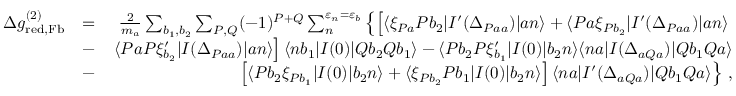
\begin{array} { r l r } { \Delta g _ { \mathrm { r e d , F b } } ^ { ( 2 ) } } & { = } & { \frac { 2 } { m _ { a } } \sum _ { b _ { 1 } , b _ { 2 } } \sum _ { P , Q } ( - 1 ) ^ { P + Q } \sum _ { n } ^ { \varepsilon _ { n } = \varepsilon _ { b } } \left\{ \left[ \langle \xi _ { P a } P b _ { 2 } | I ^ { \prime } ( \Delta _ { P a a } ) | a n \rangle + \langle P a \xi _ { P b _ { 2 } } | I ^ { \prime } ( \Delta _ { P a a } ) | a n \rangle \right. \right. } \\ & { - } & { \left. \langle P a P \xi _ { b _ { 2 } } ^ { \prime } | I ( \Delta _ { P a a } ) | a n \rangle \right] \langle n b _ { 1 } | I ( 0 ) | Q b _ { 2 } Q b _ { 1 } \rangle - \langle P b _ { 2 } P \xi _ { b _ { 1 } } ^ { \prime } | I ( 0 ) | b _ { 2 } n \rangle \langle n a | I ( \Delta _ { a Q a } ) | Q b _ { 1 } Q a \rangle } \\ & { - } & { \left. \left[ \langle P b _ { 2 } \xi _ { P b _ { 1 } } | I ( 0 ) | b _ { 2 } n \rangle + \langle \xi _ { P b _ { 2 } } P b _ { 1 } | I ( 0 ) | b _ { 2 } n \rangle \right] \langle n a | I ^ { \prime } ( \Delta _ { a Q a } ) | Q b _ { 1 } Q a \rangle \right\} \, , } \end{array}